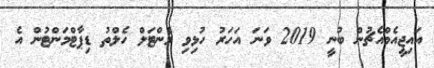
އައިޖީއެމްއެޗުން ބުނީ 2019 ވަނަ އަހަރު ހުޅިވި މެންޓަލް ހެލްތު ޑިޕާޓްމަންޓުން އެ